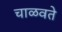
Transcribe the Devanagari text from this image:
चाळवते